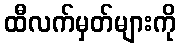
ထီလက်မှတ်များကို